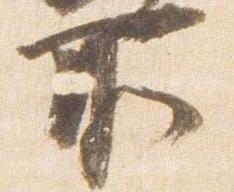
所